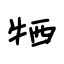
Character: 牺